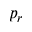
p _ { r }